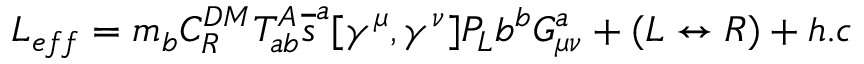
L _ { e f f } = m _ { b } C _ { R } ^ { D M } T _ { a b } ^ { A } \overline { { { s } } } ^ { a } [ \gamma ^ { \mu } , \gamma ^ { \nu } ] P _ { L } b ^ { b } G _ { \mu \nu } ^ { a } + ( L \leftrightarrow R ) + h . c